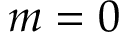
m = 0